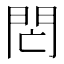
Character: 𨳑